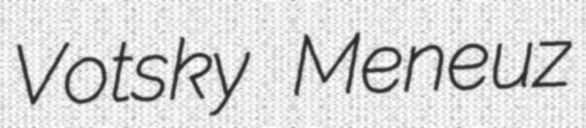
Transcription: Votsky Meneuz